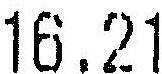
16.21